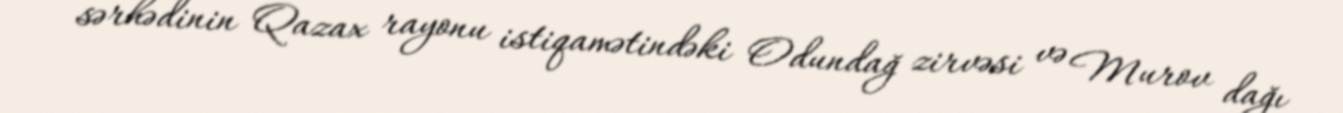
sərhədinin Qazax rayonu istiqamətindəki Odundağ zirvəsi və Murov dağı